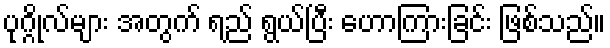
ပုဂ္ဂိုလ်များ အတွက် ရည် ရွယ်ပြီး ဟောကြားခြင်း ဖြစ်သည်။